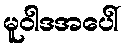
မူဝါဒအပေါ်